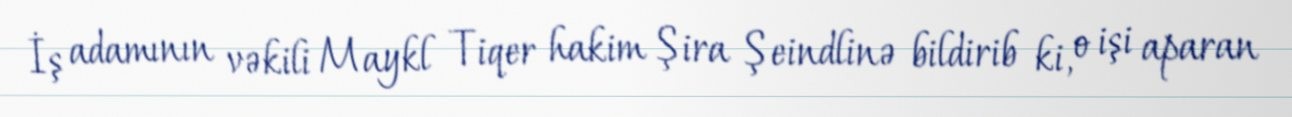
İş adamının vəkili Maykl Tiqer hakim Şira Şeindlinə bildirib ki, o işi aparan